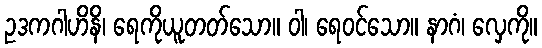
ဥဒကဂါဟိနိ၊ ရေကိုယူတတ်သော။ ဝါ၊ ရေဝင်သော။ နာဂံ၊ လှေကို။